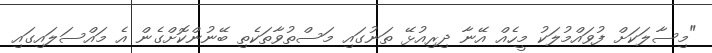
"މިސާލަކަށް ފުވައްމުލަކު މީހެއް އޭނާ ދިރިއުޅޭ ތަނުގައި މަސްތުވާތަކެތި ބޭނުންކޮށްގެން އެ މައްސަލައިގައި